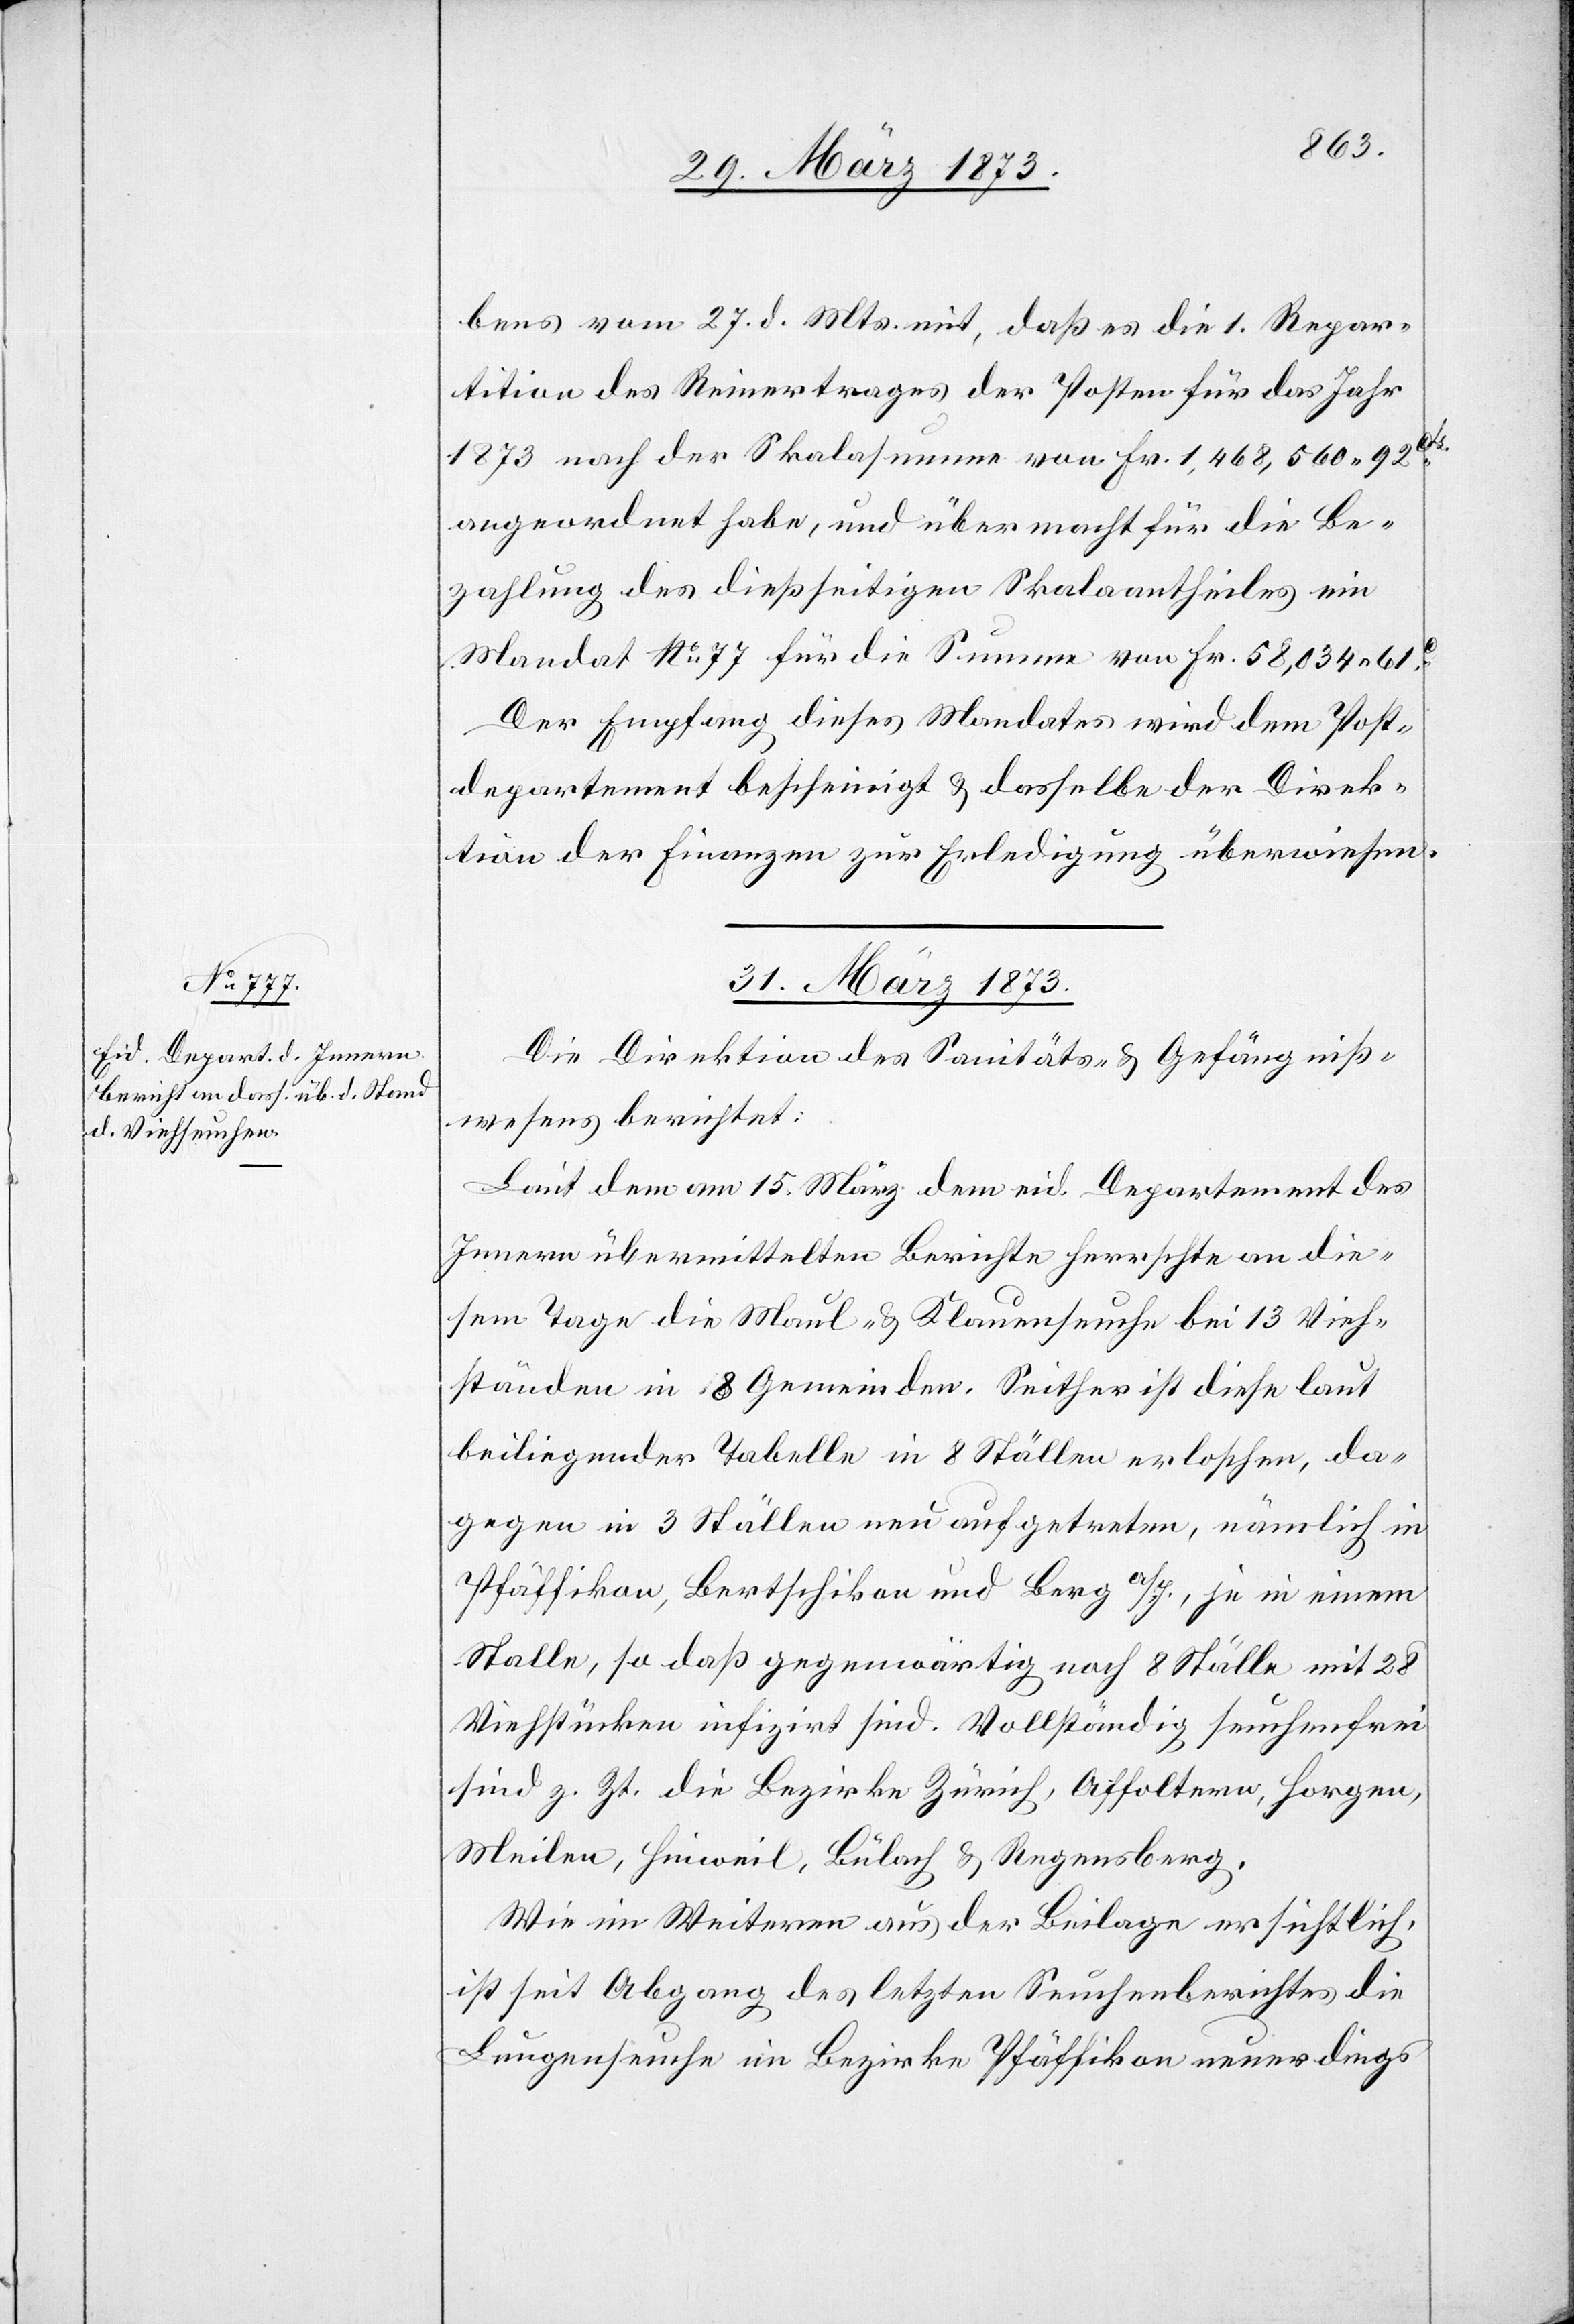
bens vom 27. d. Mts. mit, daß es die 1. Repar¬
tition des Reinertrages der Posten für das Jahr
1873 nach der Skalasumme von Fr. 1,468,560 92cts.
angeordnet habe, und übermacht für die Be¬
zahlung des dießseitigen Skalaantheiles ein
Mandat No 77 für die Summe von Fr. 58,034 61c.
Der Empfang dieses Mandates wird dem Post¬
departement bescheinigt u. dasselbe der Direk¬
tion der Finanzen zur Erledigung überwiesen.
31. März 1873.
Die Direktion des Sanitäts- u. Gefängniß¬
wesens berichtet:
Laut dem am 15. März dem eid. Departement des
Innern übermittelten Berichte herrschte an die¬
sem Tage die Maul- u. Klauenseuche bei 13 Vieh¬
ständen in 8 Gemeinden. Seither ist diese laut
beiliegender Tabelle in 8 Ställen erloschen, da¬
gegen in 3 Ställen neu aufgetreten, nämlich in
Pfäffikon, Bertschikon und Berg a/I., je in einem
Stalle, so daß gegenwärtig noch 8 Ställe mit 28
Viehstücken infizirt sind. Vollständig seuchenfrei
sind z. Zt. die Bezirke Zürich, Affoltern, Horgen,
Meilen, Hinweil, Bülach u. Regensberg.
Wie im Weiteren aus der Beilage ersichtlich,
ist seit Abgang des letzten Seuchenberichtes die
Lungenseuche im Bezirke Pfäffikon neuerdings